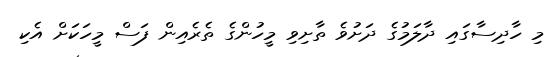
މި ހާދިސާގައި ދާލަމުގެ ދަށުވެ ތާށިވި މީހުންގެ ތެރެއިން ފަސް މީހަކަށް އެކި